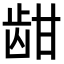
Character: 𬹾